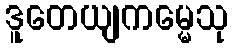
ဒူတေယျကမ္မေသု